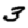
Digit: 3